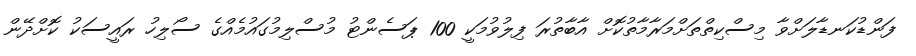
ފަންޑުކަނޑާލަށްވާ މިސްކިތްތަށްމަރާމާތުކޮށް އާބާތުރަ ފިލުވުމަކީ 100 ޕަސެންޓު މުސްލިމުގައުމެއްގެ ސޯލިހު ރައީސަކު ކޮށްދޭން